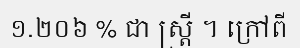
១.២០៦ % ជា ស្ត្រី ។ ក្រៅពី